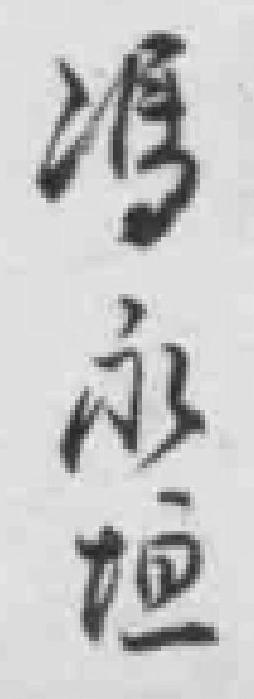
馮永垣